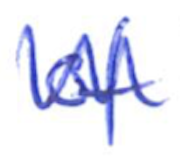
Text: of
Cross-out: zig-zag
Writing tool: ballpoint